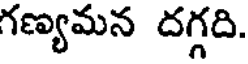
గణ్యమన దగ్గది.